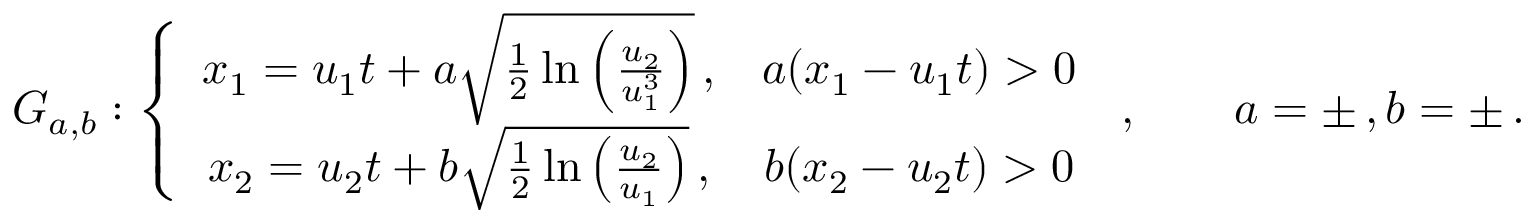
G _ { a , b } : \left\{ \begin{array} { c c } { x _ { 1 } = u _ { 1 } t + a \sqrt { \frac { 1 } { 2 } \ln \left( \frac { u _ { 2 } } { u _ { 1 } ^ { 3 } } \right) } \, , } & { a ( x _ { 1 } - u _ { 1 } t ) > 0 } \\ { x _ { 2 } = u _ { 2 } t + b \sqrt { \frac { 1 } { 2 } \ln \left( \frac { u _ { 2 } } { u _ { 1 } } \right) } \, , } & { b ( x _ { 2 } - u _ { 2 } t ) > 0 } \end{array} \right. \, , \qquad a = \pm \, , b = \pm \, .